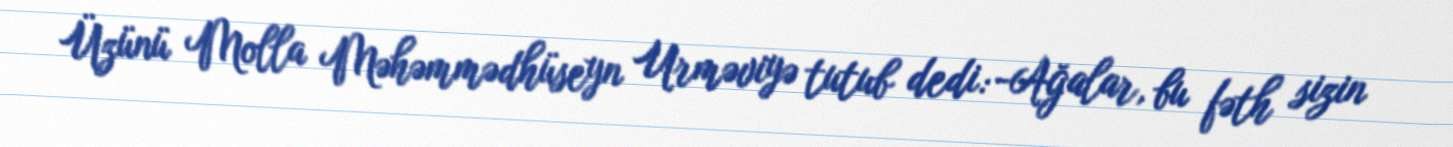
Üzünü Molla Məhəmmədhüseyn Urməviyə tutub dedi: -Ağalar, bu fəth sizin